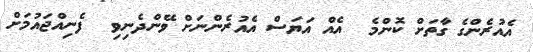
އެއުރެންގެ ގާތަށް ކޮންމެ  އެއް އަޔަސް އެއުރެންނަށް ވޭންދެނިވި  ފެނިއްޖައުމަށް